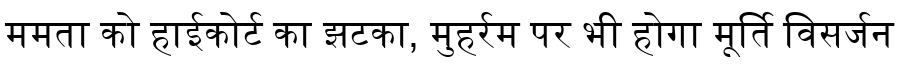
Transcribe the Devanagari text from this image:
ममता को हाईकोर्ट का झटका, मुहर्रम पर भी होगा मूर्ति विसर्जन